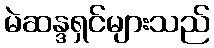
မဲဆန္ဒရှင်များသည်